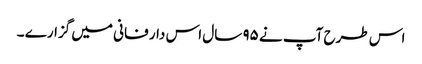
اس طرح آپ نے ۹۵ سال اس دار فانی میں گزارے ۔